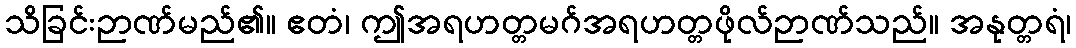
သိခြင်းဉာဏ်မည်၏။ ဧတံ၊ ဤအရဟတ္တမဂ်အရဟတ္တဖိုလ်ဉာဏ်သည်။ အနုတ္တရံ၊